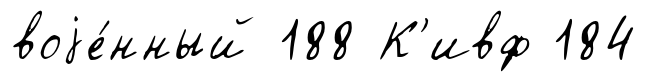
воjе́нный 188 К'ивф 184